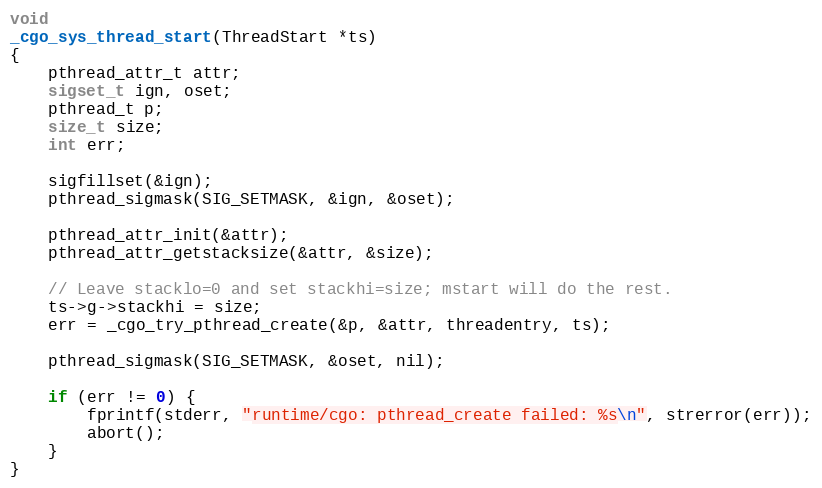
Language: C
void
_cgo_sys_thread_start(ThreadStart *ts)
{
	pthread_attr_t attr;
	sigset_t ign, oset;
	pthread_t p;
	size_t size;
	int err;

	sigfillset(&ign);
	pthread_sigmask(SIG_SETMASK, &ign, &oset);

	pthread_attr_init(&attr);
	pthread_attr_getstacksize(&attr, &size);

	// Leave stacklo=0 and set stackhi=size; mstart will do the rest.
	ts->g->stackhi = size;
	err = _cgo_try_pthread_create(&p, &attr, threadentry, ts);

	pthread_sigmask(SIG_SETMASK, &oset, nil);

	if (err != 0) {
		fprintf(stderr, "runtime/cgo: pthread_create failed: %s\n", strerror(err));
		abort();
	}
}